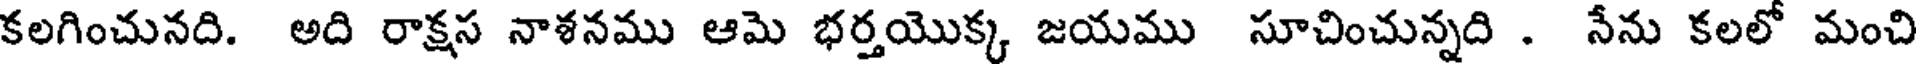
కలగించునది. అది రాక్షస నాశనము ఆమె భర్తయొక్క జయము సూచించున్నది . నేను కలలో మంచి